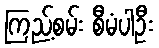
ကြည့်စမ်း စီမံပါဦး